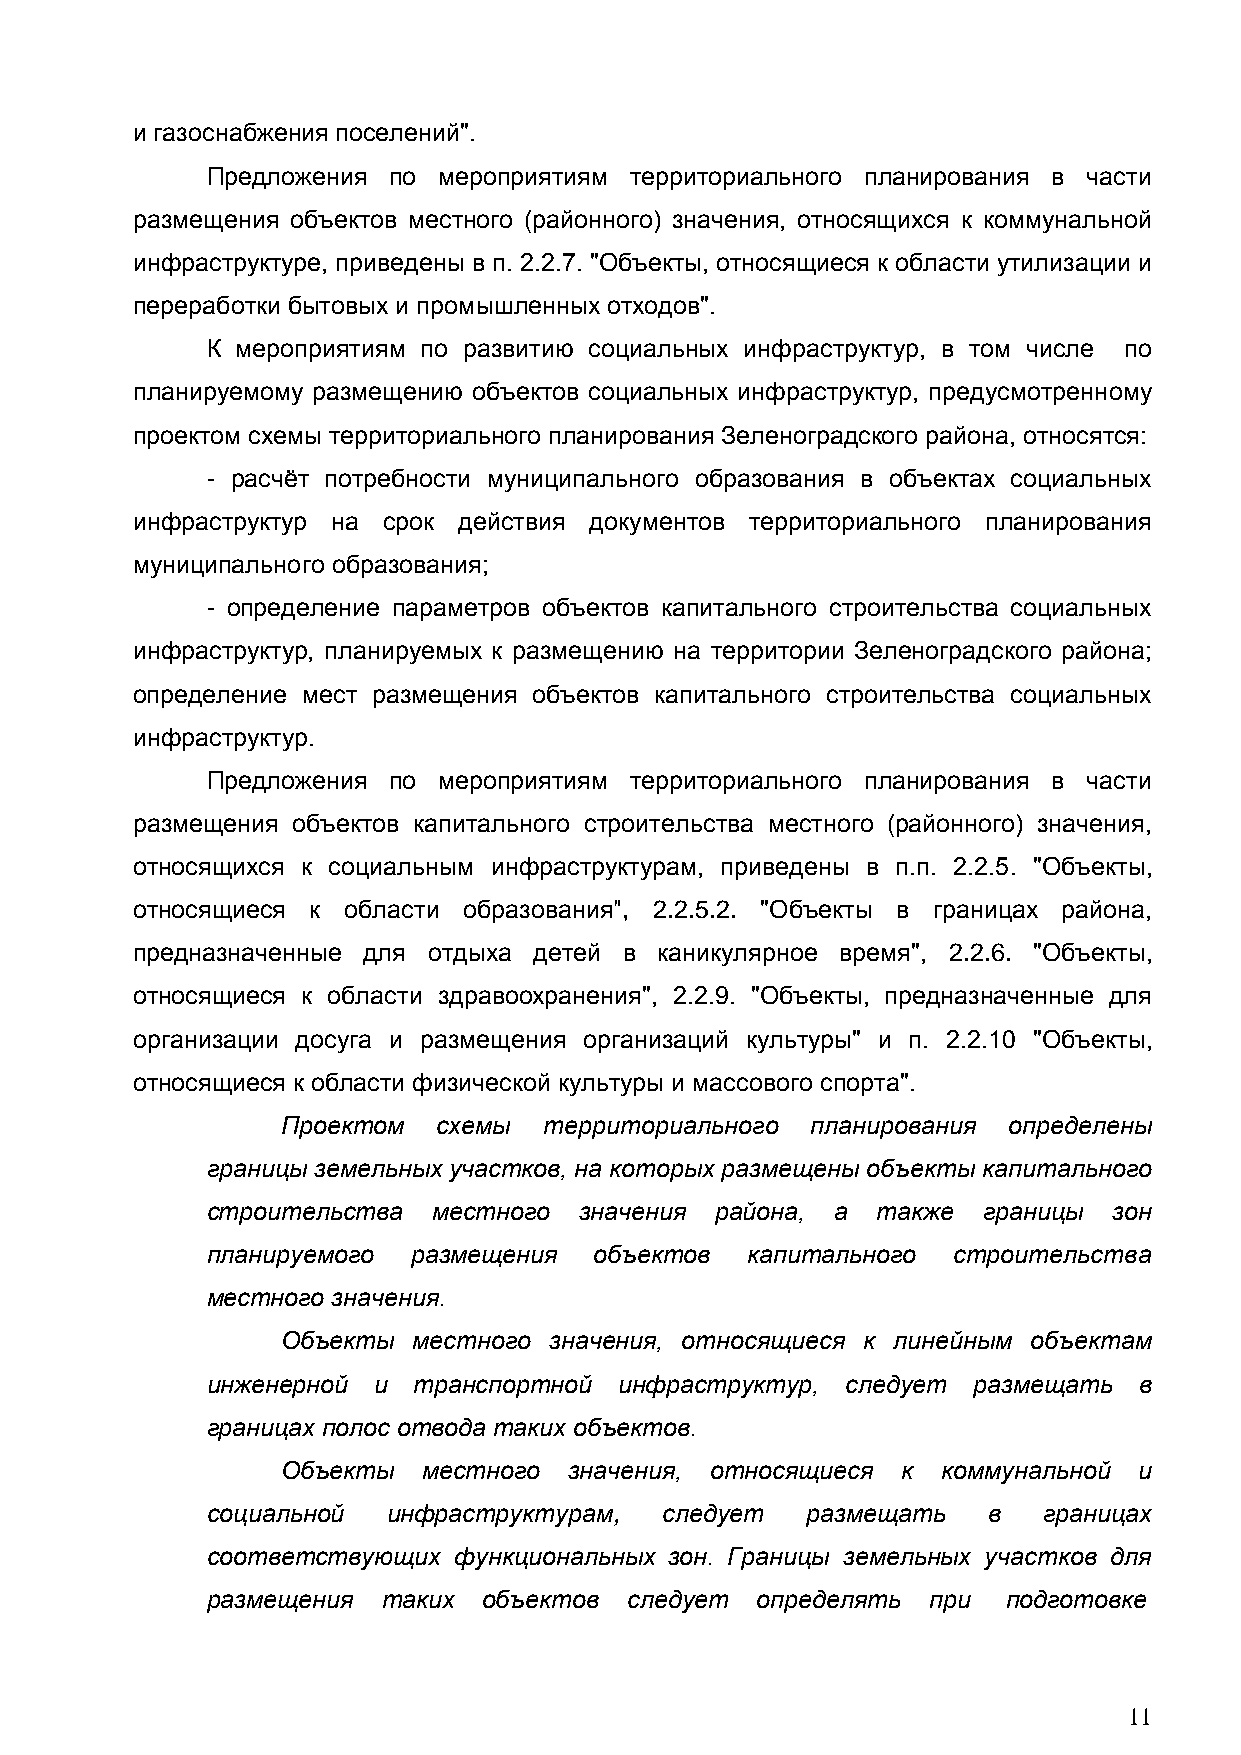
и газоснабжения поселений".
 Предложения по мероприятиям территориального планирования в части
 размещения объектов местного (районного) значения, относящихся к коммунальной
 инфраструктуре, приведены в п. 2.2.7. "Объекты, относящиеся к области утилизации и
 переработки бытовых и промышленных отходов".
 К мероприятиям по развитию социальных инфраструктур, в том числе по
 планируемому размещению объектов социальных инфраструктур, предусмотренному
 проектом схемы территориального планирования Зеленоградского района, относятся:
 - расчѐт потребности муниципального образования в объектах социальных
 инфраструктур на срок действия документов территориального планирования
 муниципального образования;
 - определение параметров объектов капитального строительства социальных
 инфраструктур, планируемых к размещению на территории Зеленоградского района;
 определение мест размещения объектов капитального строительства социальных
 инфраструктур.
 Предложения по мероприятиям территориального планирования в части
 размещения объектов капитального строительства местного (районного) значения,
 относящихся к социальным инфраструктурам, приведены в п.п. 2.2.5. "Объекты,
 относящиеся к области образования", 2.2.5.2. "Объекты в границах района,
 предназначенные для отдыха детей в каникулярное время", 2.2.6. "Объекты,
 относящиеся к области здравоохранения", 2.2.9. "Объекты, предназначенные для
 организации досуга и размещения организаций культуры" и п. 2.2.10 "Объекты,
 относящиеся к области физической культуры и массового спорта".
 Проектом  схемы  территориального  планирования определены
 границы земельных участков, на которых размещены объекты капитального
 строительства  местного значения района, а  также  границы  зон
 планируемого размещения  объектов   капитального строительства
 местного значения.
 Объекты местного значения, относящиеся к линейным объектам
 инженерной и транспортной  инфраструктур, следует размещать  в
 границах полос отвода таких объектов.
 Объекты  местного  значения, относящиеся к коммунальной и
 социальной  инфраструктурам,  следует  размещать   в   границах
 соответствующих функциональных зон. Границы земельных участков для
 размещения таких  объектов  следует определять при   подготовке
 11